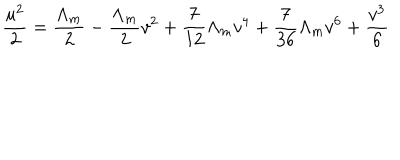
{ \frac { u ^ { 2 } } { 2 } } = { \frac { \Lambda _ { m } } { 2 } } - { \frac { \Lambda _ { m } } { 2 } } v ^ { 2 } + { \frac { 7 } { 1 2 } } \Lambda _ { m } v ^ { 4 } + { \frac { 7 } { 3 6 } } \Lambda _ { m } v ^ { 6 } + { \frac { v ^ { 3 } } { 6 } }